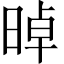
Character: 晫